Plague in India, 1896, 1897 - Volume 1
Year: 1896
Disease focus: Plague
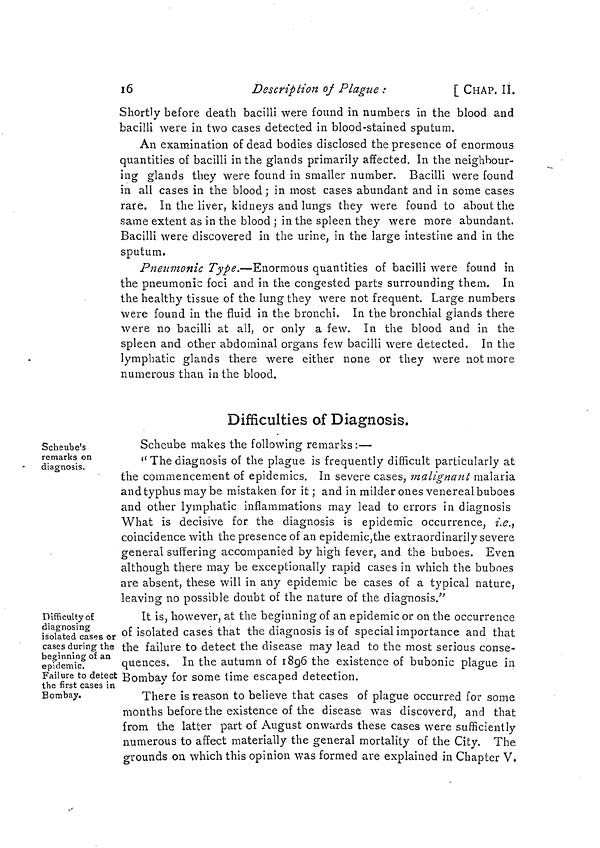
16
Description of Plague :
[ CHAP. II.
Shortly before death bacilli were found in numbers in the blood and
bacilli were in two cases detected in blood-stained sputum.
An examination of dead bodies disclosed the presence of enormous
quantities of bacilli in the glands primarily affected. In the neighbour-
ing glands they were found in smaller number. Bacilli were found
in all cases in the blood ; in most cases abundant and in some cases
rare. In the liver, kidneys and lungs they were found to about the
same extent as in the blood ; in the spleen they were more abundant.
Bacilli were discovered in the urine, in the large intestine and in the
sputum,
Pneumonic Type.—Enormous quantities of bacilli were found in
the pneumonic foci and in the congested parts surrounding them. In
the healthy tissue of the lung they were not frequent. Large numbers
were found in the fluid in the bronchi. In the bronchial glands there
were no bacilli at all, or only a few. In the blood and in the
spleen and other abdominal organs few bacilli were detected. In the
lymphatic glands there were either none or they were not more
numerous than in the blood.
Difficulties of Diagnosis.
Scheube's
remarks on
diagnosis.
Scheube makes the following remarks :—
" The diagnosis of the plague is frequently difficult particularly at
the commencement of epidemics. In severe cases, malignant malaria
and typhus may be mistaken for it ; and in milder ones venereal buboes
and other lymphatic inflammations may lead to errors in diagnosis
What is decisive for the diagnosis is epidemic occurrence, i.e.,
coincidence with the presence of an epidemic,the extraordinarily severe
general suffering accompanied by high fever, and the buboes. Even
although there may be exceptionally rapid cases in which the buboes
are absent, these will in any epidemic be cases of a typical nature,
leaving no possible doubt of the nature of the diagnosis."
Difficulty of
diagnosing
isolated cases or
cases during the
beginning of an
epidemic.
Failure to detect
the first cases in
Bombay.
It is, however, at the beginning of an epidemic or on the occurrence
of isolated cases that the diagnosis is of special importance and that
the failure to detect the disease may lead to the most serious conse-
quences. In the autumn of 1896 the existence of bubonic plague in
Bombay for some time escaped detection.
There is reason to believe that cases of plague occurred for some
months before the existence of the disease was discoverd, and that
from the latter part of August onwards these cases were sufficiently
numerous to affect materially the general mortality of the City. The
grounds on which this opinion was formed are explained in Chapter V.